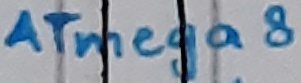
Text: ATmega8